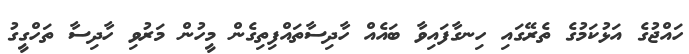
ހައްޖުގެ އަޅުކަމުގެ ތެރޭގައި ހިނގާފައިވާ ބައެއް ހާދިސާތައްފިތިގެން މީހުން މަރުވި ހާދިސާ ތަހްގީގު